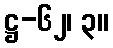
ဋ္ဌ-၆၂၊ ၃။